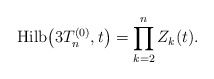
\begin{gather*} {\rm Hilb}\big(3T_n^{(0)},t\big) = \prod_{k=2}^{n} Z_{k}(t).\end{gather*}